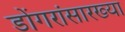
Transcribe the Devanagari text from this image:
डोंगरांसारख्या